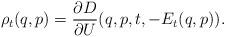
LaTeX: \begin{align*}\rho_t(q,p)=\frac{\partial D}{\partial U}(q,p,t,-E_t(q,p)).\end{align*}